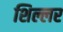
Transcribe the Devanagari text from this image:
शिल्लर